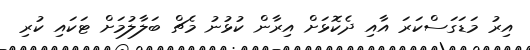
އިރު މަޑަގަސްކަރަ އާއި ދެކޮޅަށް އިރާން ކުޅުނު މެޗް ބަލާލުމަށް ޓަކައި ކުރި